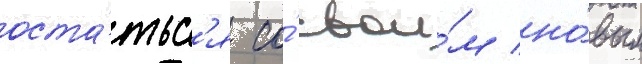
оста́тьс'я со́ свои́м но́вым